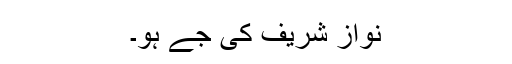
نواز شریف کی جے ہو۔